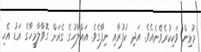
މުޅިން ވަކިކުރެވޭނެއެވެ. އަދި ކުފުރާއި ނިފާގެވެ. އައްލާހުގެ ގެއަށް ގޮވާލާމީހާގެ އަޑު އެހި